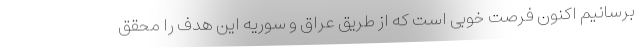
برسانیم اکنون فرصت خوبی است که از طریق عراق و سوریه این هدف را محقق